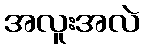
အလူးအလဲ